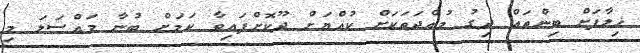
ޚިލާފަށް ބިންތައް ދިގު މުއްދަތަކަށް ކުއްޔަށް ދޫކޮށްފައިވާ ކަމަށް ބުނާ މައްސަލަ މި